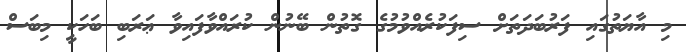
މި އާޔަތުގައި ފަރުބަދަތަށް ސިފަކުރެއްވުމުގެ ގޮތުން ބޭނުން ކުރައްވާފައިވާ ޢަރަބި ބަހަކީ މިބަސް